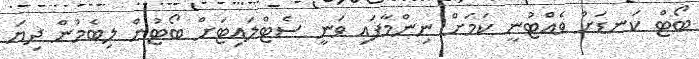
ބޯޓް ކަނޑަށް ވެއްޓުނީ ކަމަށް ނިންމާފައި ވަނީ ސެޓްލައިޓަށް ބޯޓުން ލިބެމުން ދިޔަ